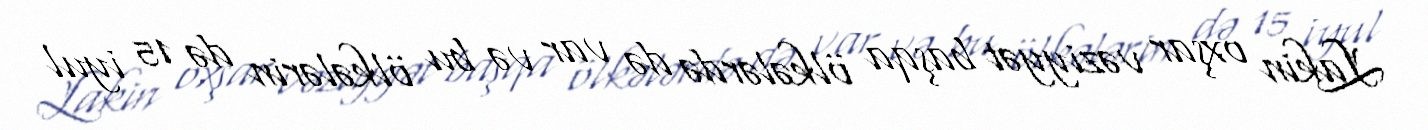
Lakin oxşar vəziyyət başqa ölkələrdə də var və bu ölkələrin də 15 iyul